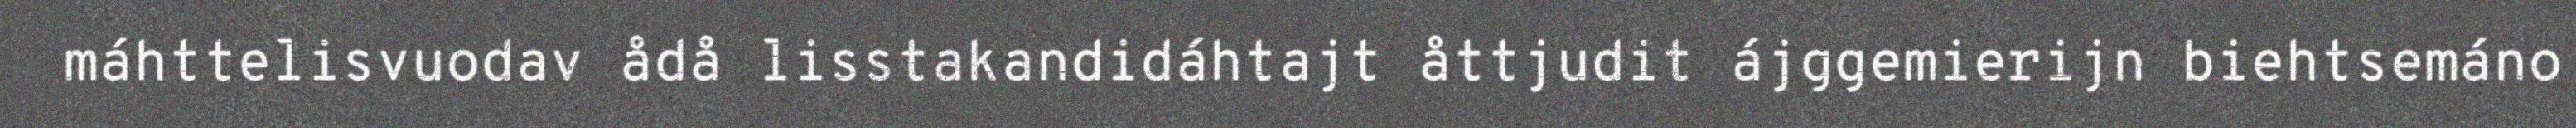
máhttelisvuodav ådå lisstakandidáhtajt åttjudit ájggemierijn biehtsemáno